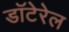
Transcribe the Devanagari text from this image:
डॉटेरेल